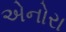
એનોરા